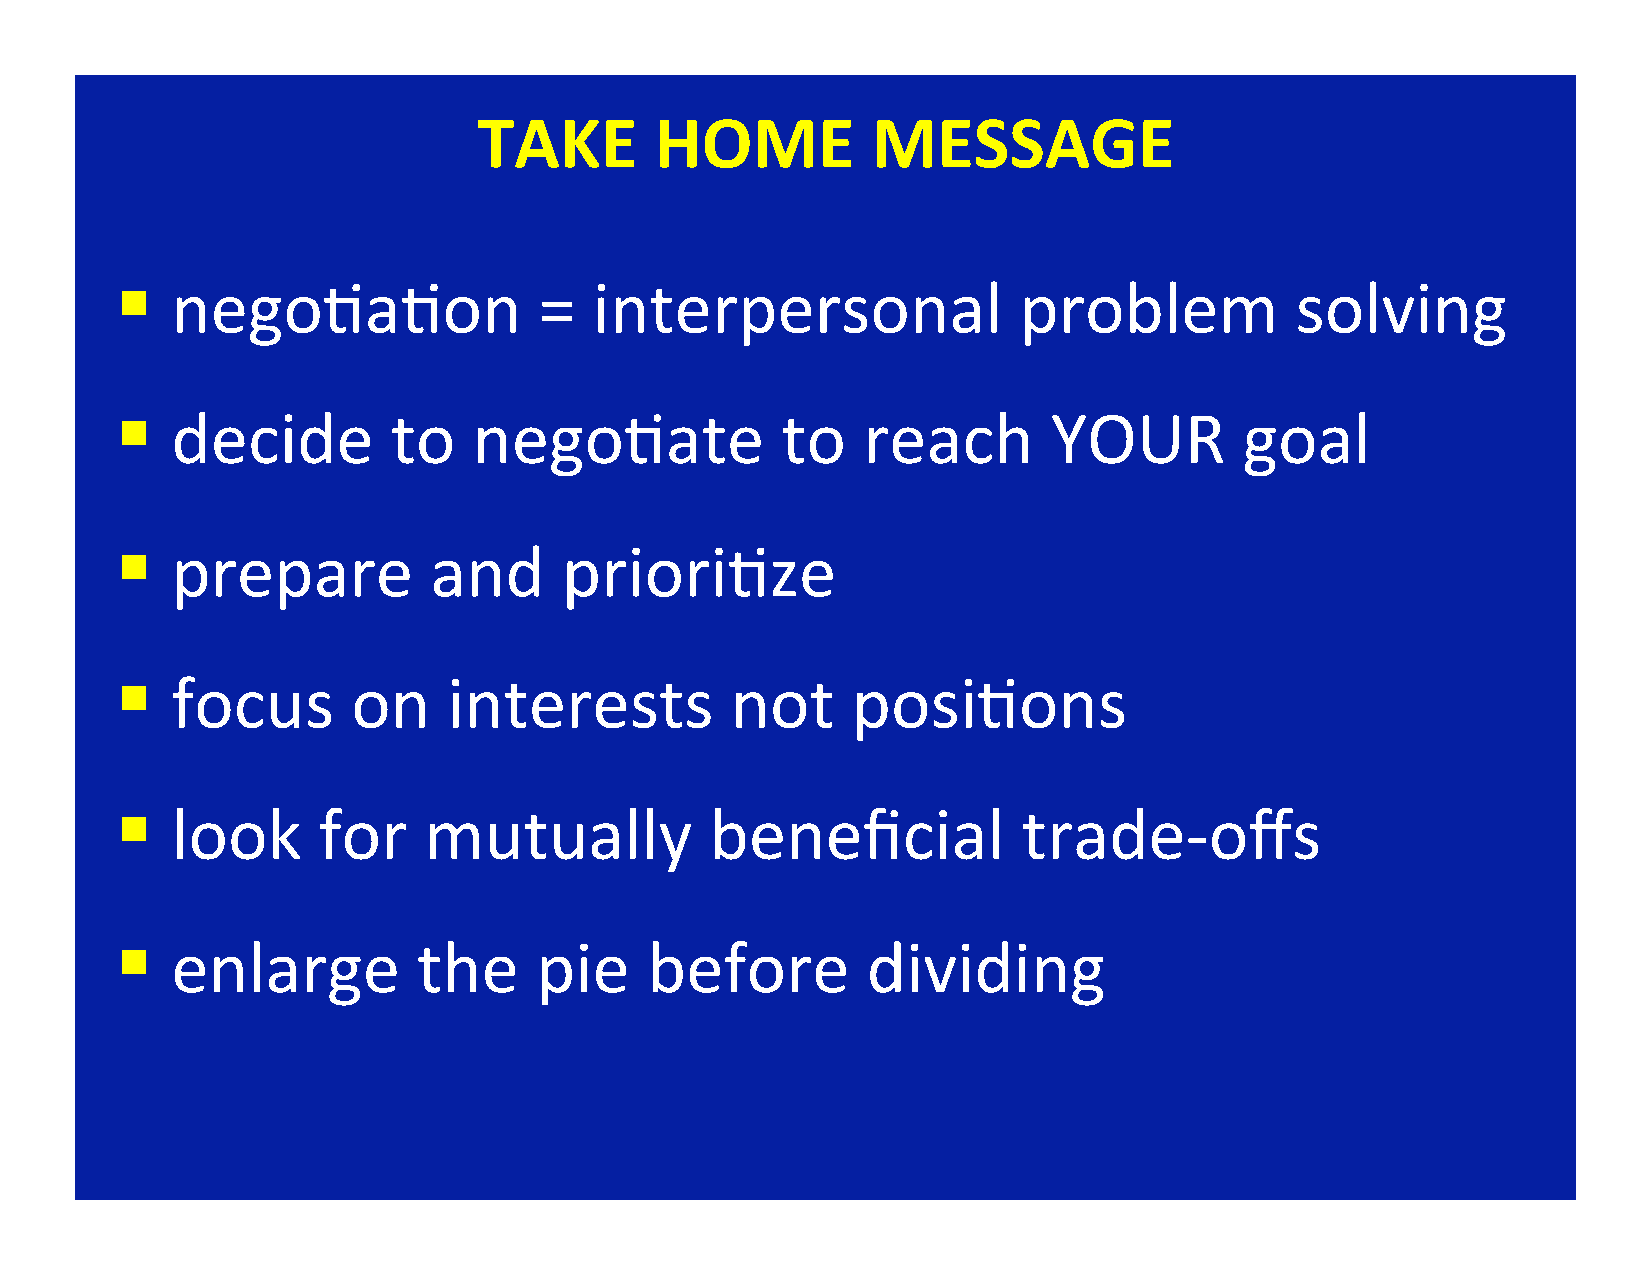
TAKE       HOME           MESSAGE
 §
 nego;a;on                =  interpersonal               problem            solving
 §
 decide         to   nego;ate             to   reach        YOUR        goal
 §
 prepare          and      priori;ze
 §
 focus       on     interests         not     posi;ons
 §
 look      for    mutually           beneficial           trade-offs
 §
 enlarge          the    pie     before        dividing